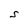
Character: S